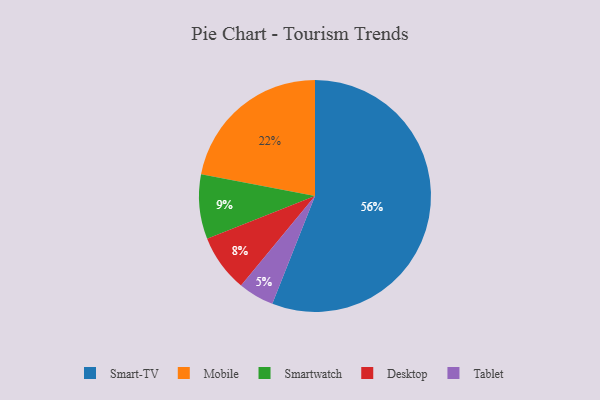
{"axis": {"x": "Category", "y": "Percentage"}, "legend": ["Desktop", "Mobile", "Smart-TV", "Smartwatch", "Tablet"], "data": [{"x": "Smartwatch", "y": 9, "type": "Smartwatch"}, {"x": "Mobile", "y": 22, "type": "Mobile"}, {"x": "Smart-TV", "y": 56, "type": "Smart-TV"}, {"x": "Desktop", "y": 8, "type": "Desktop"}, {"x": "Tablet", "y": 5, "type": "Tablet"}]}